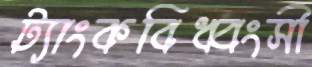
ট্যাংকবিধ্বংসী